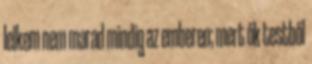
lelkem nem marad mindig az emberen; mert ők testből